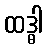
ထဒ္ဓါ